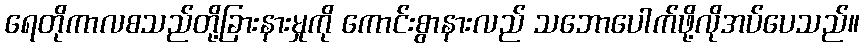
ရေတိုကာလစသည်တို့ခြားနားမှုကို ကောင်းစွာနားလည် သဘောပေါက်ဖို့လိုအပ်ပေသည်။